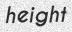
height